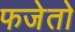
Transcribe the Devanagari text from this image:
फजेतो